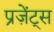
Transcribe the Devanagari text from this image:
प्रज़ेंट्स